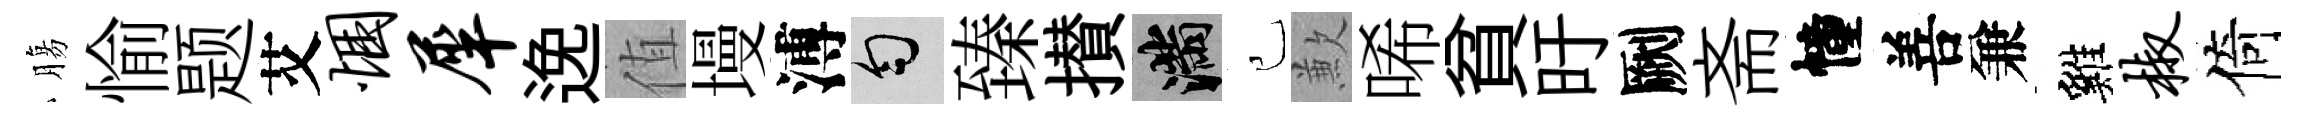
膓愉题艾悃犀𨓜值墁溥匀臻攅滿己歉唏貧旴劂斋幢善兼雞椒倚